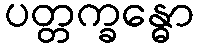
ပတ္တက္ခန္ဓော